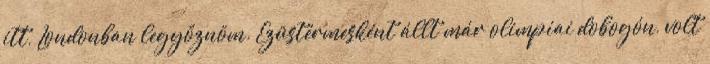
itt, Londonban legyőznöm. Ezüstérmesként állt már olimpiai dobogón, volt